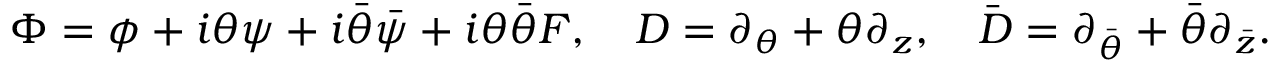
\Phi = \phi + i \theta \psi + i \bar { \theta } \bar { \psi } + i \theta \bar { \theta } F , ~ ~ ~ D = \partial _ { \theta } + \theta \partial _ { z } , ~ ~ ~ \bar { D } = \partial _ { \bar { \theta } } + \bar { \theta } \partial _ { \bar { z } } .